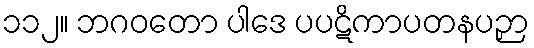
၁၁၂။ ဘဂဝတော ပါဒေ ပပဋိကာပတနပဉှာ